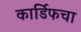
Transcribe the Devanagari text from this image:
कार्डिफचा